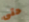
حتى